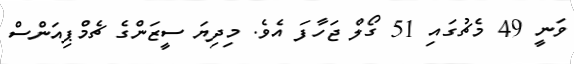
ވަނީ 49 މެޗުގައި 51 ގޯލް ޖަހާފަ އެވެ. މިދިޔަ ސީޒަންގެ ޗެމްޕިއަންސް